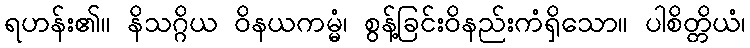
ရဟန်း၏။ နိသဂ္ဂိယ ဝိနယကမ္မံ၊ စွန့်ခြင်းဝိနည်းကံရှိသော။ ပါစိတ္တိယံ၊